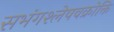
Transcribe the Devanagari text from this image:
सभंगश्लेषवक्रोक्ति